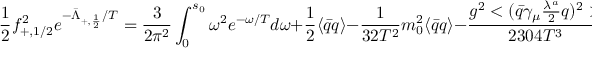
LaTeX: { \frac { 1 } { 2 } } f _ { + , 1 / 2 } ^ { 2 } e ^ { - { \bar { \Lambda } _ { + , { \frac { 1 } { 2 } } } / T } } = \frac { 3 } { 2 \pi ^ { 2 } } \int _ { 0 } ^ { s _ { 0 } } \omega ^ { 2 } e ^ { - \omega / { T } } d \omega + \frac { 1 } { 2 } \langle \bar { q } q \rangle - { \frac { 1 } { 3 2 T ^ { 2 } } } m _ { 0 } ^ { 2 } \langle \bar { q } q \rangle - { \frac { g ^ { 2 } < ( { \bar { q } } \gamma _ { \mu } { \frac { \lambda ^ { a } } { 2 } } q ) ^ { 2 } > } { 2 3 0 4 T ^ { 3 } } } \; ,